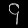
Digit: ၄